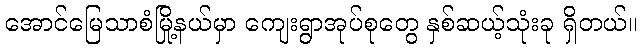
အောင်မြေသာစံမြို့နယ်မှာ ကျေးရွာအုပ်စုတွေ နှစ်ဆယ့်သုံးခု ရှိတယ်။